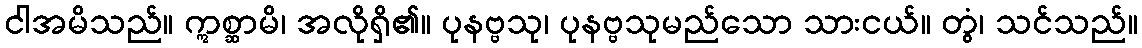
ငါအမိသည်။ ဣစ္ဆာမိ၊ အလိုရှိ၏။ ပုနဗ္ဗသု၊ ပုနဗ္ဗသုမည်သော သားငယ်။ တွံ၊ သင်သည်။